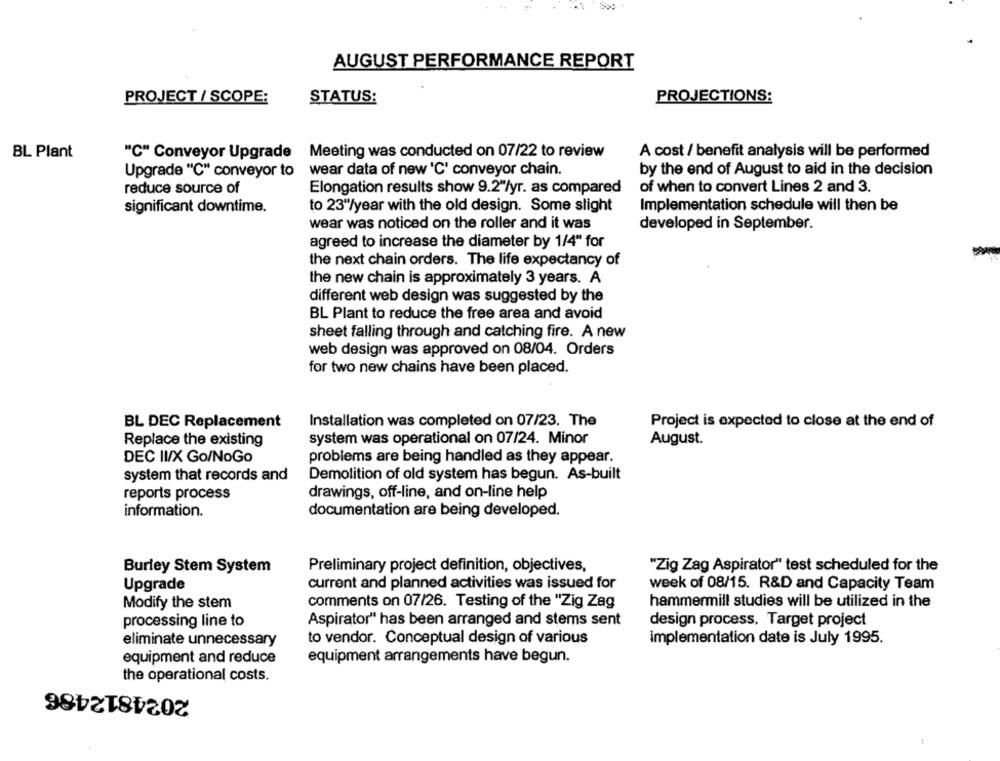
AUGUST PERFORMANCE REPORT
PROJECT / SCOPE:
STATUS:
PROJECTIONS:
BL Plant
"C" Conveyor Upgrade
Meeting was conducted on 07/22 to review
A cost / benefit analysis will be performed
Upgrade "C" conveyor to
wear data of new 'C' conveyor chain.
by the end of August to aid in the decision
reduce source of
Elongation results show 9.2"/yr. as compared
of when to convert Lines 2 and 3.
significant downtime.
to 23"/year with the old design. Some slight
Implementation schedule will then be
wear was noticed on the roller and it was
developed in September.
agreed to increase the diameter by 1/4" for
the next chain orders. The life expectancy of
the new chain is approximately 3 years. A
different web design was suggested by the
BL Plant to reduce the free area and avoid
sheet falling through and catching fire. A new
web design was approved on 08/04. Orders
for two new chains have been placed.
BL DEC Replacement
Installation was completed on 07/23. The
Project is expected to close at the end of
Replace the existing
system was operational on 07/24. Minor
August.
DEC II/X Go/NoGo
problems are being handled as they appear.
system that records and
Demolition of old system has begun. As-built
reports process
drawings, off-line, and on-line help
information.
documentation are being developed.
Burley Stem System
Preliminary project definition, objectives,
"Zig Zag Aspirator" test scheduled for the
Upgrade
current and planned activities was issued for
week of 08/15. R&D and Capacity Team
Modify the stem
comments on 07/26. Testing of the "Zig Zag
hammermill studies will be utilized in the
processing line to
Aspirator" has been arranged and stems sent
design process. Target project
eliminate unnecessary
to vendor. Conceptual design of various
Implementation date is July 1995.
equipment and reduce
equipment arrangements have begun.
the operational costs.
2024812486